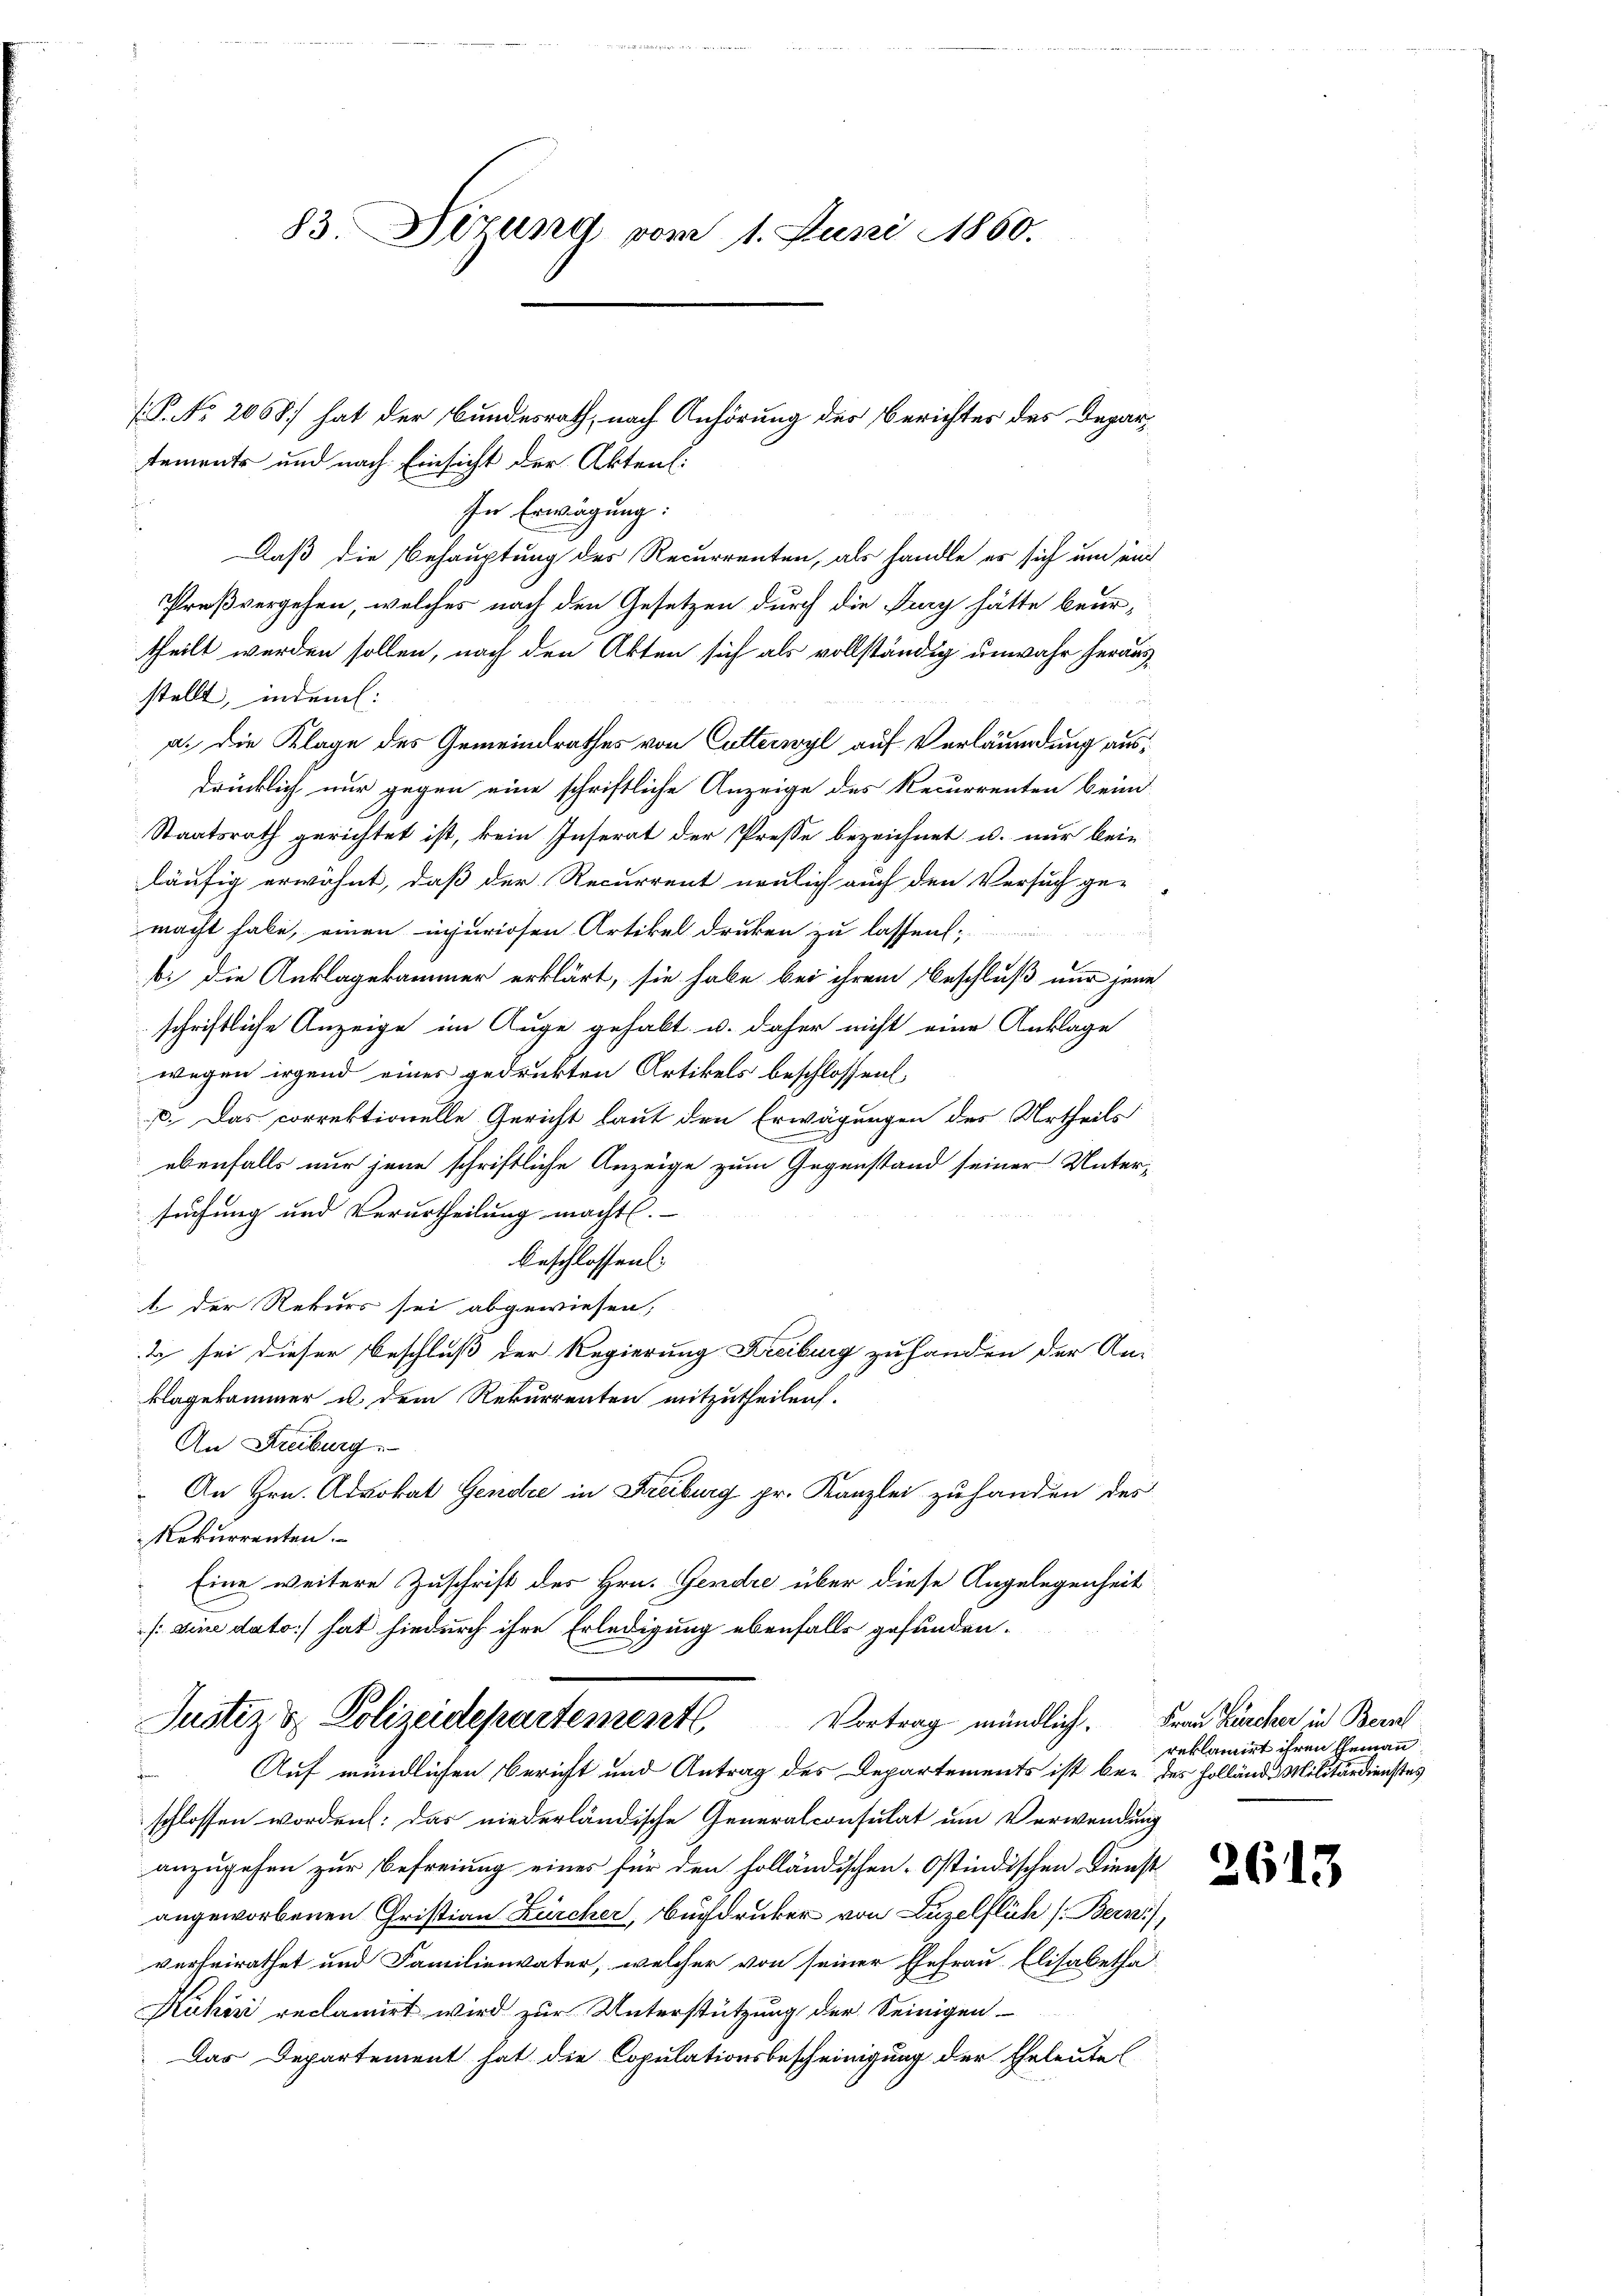
83. Sizung vom 1. Juni 1860.

P. NNo. 2068] hat der Bundesrath, nach Anhörung des Berichtes des Depar¬
.
In Erwägung:
Daß die Behauptung des Recurrenten, als handle es sich um ei
Proßvergehen, welches nach den Gesetzen durch die Jury hätte beur-
theilt werden sollen, nach den Akten sich als vollständig unwahr herausstellt, indem:
a. die Klage des Gemeindrathes von Cutterwyl auf Verläumdung ausdrücklich nur gegen eine schriftliche Anzeige des Recurrenten beim
Staatsrath gerichtet ist, kein Inserat der Presse bezeichnet u. nur beiläufig erwähnt, daß der Recurrent neulich auch den Versuch ge-
macht habe, einen injuriosen Artikel drucken zu lassens,
1
bi die Anklagekammer erklärt, sie habe bei ihrem Beschluß nur jene
schriftliche Anzeige im Auge gehabt u. daher nicht eine Anklage
wegen irgend eines gedrukten Artikels beschlossen
C. Das correktionelle Gericht laut den Erwägungen des Urtheils
ebenfalls nur jene schriftliche Anzeige zum Gegenstand seiner Untersuchung und Verurtheilung macht.
beschlossens.
t der Rekurs sei abgewiesen,
2 sei dieser Beschluß der Regierung Freiburg zu handen der An-
klagekammer u. dem Rekurrenten mitzutheilen.
An Freiburg.
An Hrn. Advokat Gendre in Freiburg pr. Kanzlei zu handen des
Rekurrenten.
Eine weitere Zuschrift des Hrn. Gendre über diese Angelegenheit
/: eine dato) hat hiedurch ihre Erledigung ebenfalls gefunden.

tements und nach Einsicht der Akten:

Justiz & Polizeidepartementl. Vortrag mündlich. Frau Kircher in Bern
Auf mündlichen Bericht und Antrag des Departements ist bei des Hollände Militärdienstes

schlossen worden: das niederländische Generalconsulat um Verwendung
anzugehen zur Befreiung eines für den holländischen Ostindischen Dienst
angeworbenen Christian Zürcher, Buchdrucker von Luzelflüh (Bern,
verheirathet und Familienvater, welcher von seiner Ehefrau Elisabetha
Kuhin reclamirt wird zur Unterstützung der Seinigen-
Das Departement hat die Copulationsbescheinigung der Eheleute

reklamirt ihren Ehemann

2613